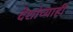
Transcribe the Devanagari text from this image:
देशांच्याही